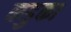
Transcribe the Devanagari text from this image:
कडुका